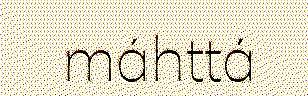
máhttá